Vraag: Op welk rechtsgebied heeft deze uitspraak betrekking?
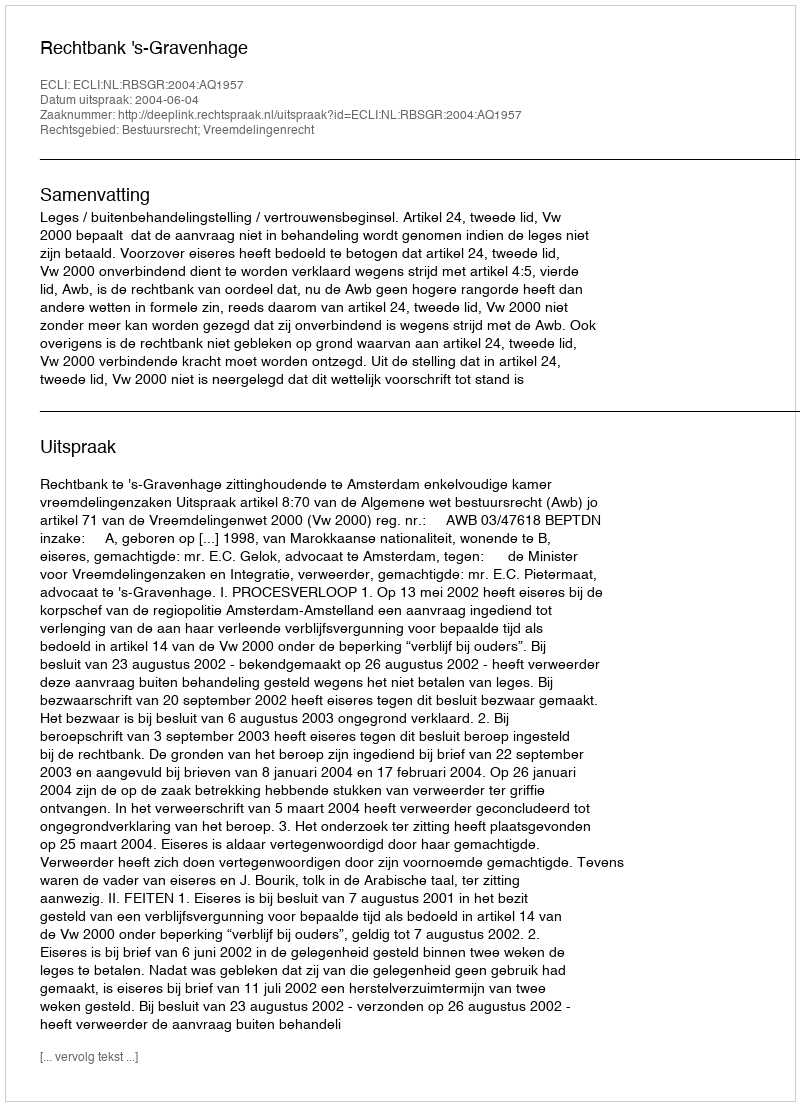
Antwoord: Bestuursrecht; Vreemdelingenrecht